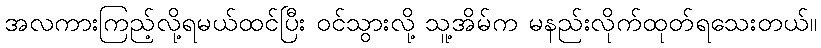
အလကားကြည့်လို့ရမယ်ထင်ပြီး ဝင်သွားလို့ သူ့အိမ်က မနည်းလိုက်ထုတ်ရသေးတယ်။